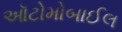
ઑટોમોબાઈલ